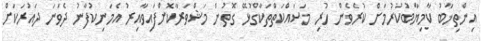
އިންތިޚާބު ކާމިޔާބުކުރުމަށް ކުރެވެން ހުރި މަސައްކަތްތަކާގުޅޭ ގޮތުން މަޝްވަރާކޮށްފައިވާއިރު އެމަނިކުފާނު ދެވަނަ ދައުރަކަށް